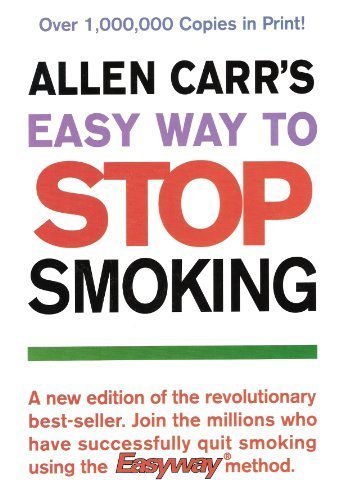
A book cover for Allen Carr's Easy Way to Stop Smoking; Allen Carr; Health, Fitness & Dieting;